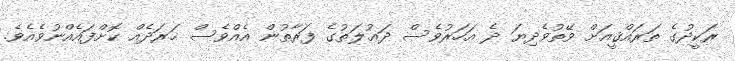
ރަކީދުގެ ތަރައްޤީއަށް ވޭތުވެދިޔަ ދެ އަހަރުވެސް ދަޢުލަތުގެ ފަރާތުން އެއްވެސް ޚަރަދެއް ކޮށްފައެއްނުވެއެވެ.